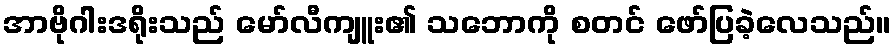
အာဗိုဂါးဒရိုးသည် မော်လီကျူး၏ သဘောကို စတင် ဖော်ပြခဲ့လေသည်။